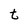
Character: t